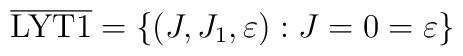
\overline{\rm LYT1}= \left\{ (J,J_1,\varepsilon) :J=0=\varepsilon\right\}